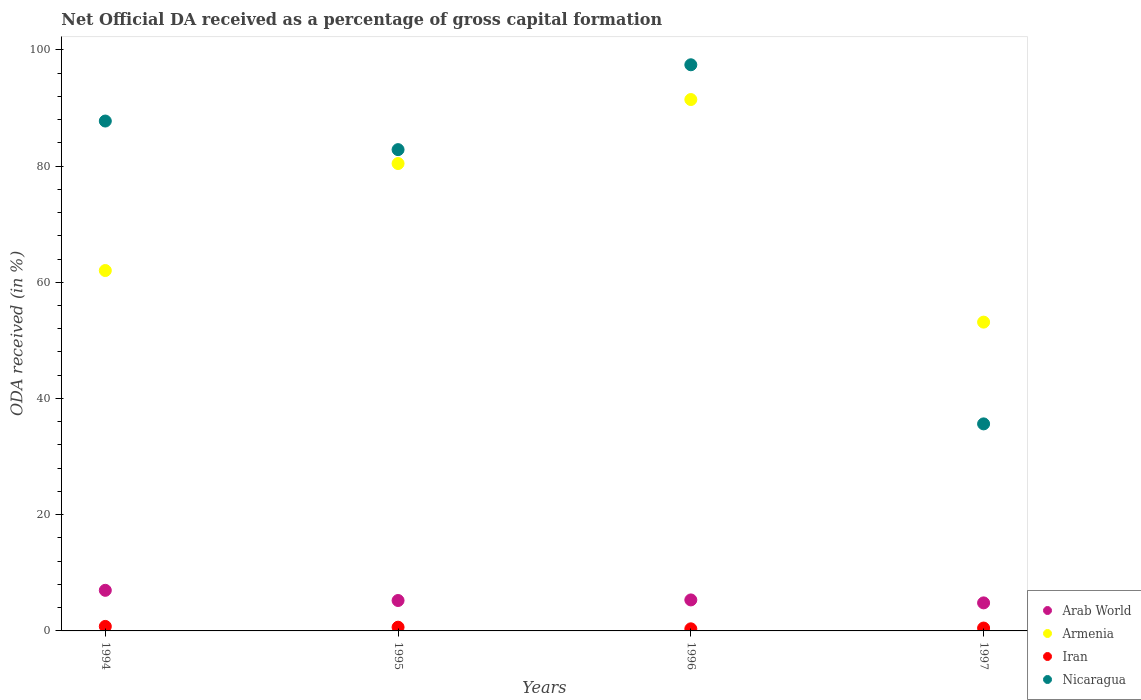
| Years | Arab World | Armenia | Iran | Nicaragua |
 | --- | --- | --- | --- | --- |
 | 1994 | 6.99 | 62 | 0.775 | 87.7 |
 | 1995 | 5.23 | 80.4 | 0.641 | 82.8 |
 | 1996 | 5.33 | 91.4 | 0.361 | 97.4 |
 | 1997 | 4.83 | 53.1 | 0.494 | 35.6 |